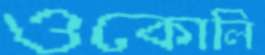
ওকোলি